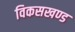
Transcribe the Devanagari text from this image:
विकसखण्ड